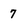
Character: 7